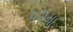
૫૨મા